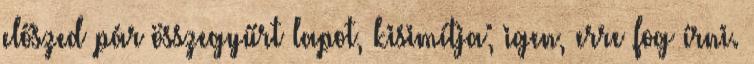
előszed pár összegyűrt lapot, kisimítja; igen, erre fog írni.